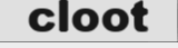
cloot